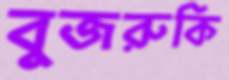
বুজরুকি